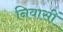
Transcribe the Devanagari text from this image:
निवासीं